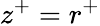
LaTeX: z^{+}=r^{+}